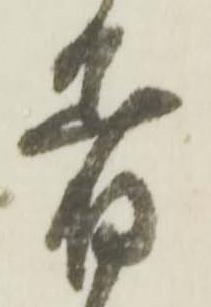
着